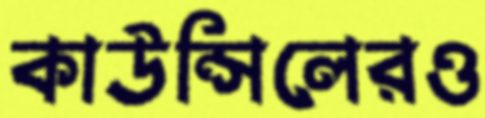
কাউন্সিলেরও